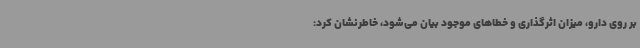
بر روی دارو، میزان اثرگذاری و خطاهای موجود بیان می‌شود، خاطرنشان کرد: